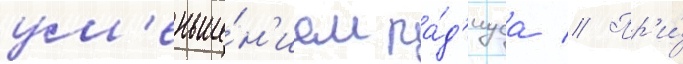
ум'еньше́н'ием ра́д'иуса // Пр'и́